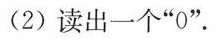
(2)读出一个”0”。